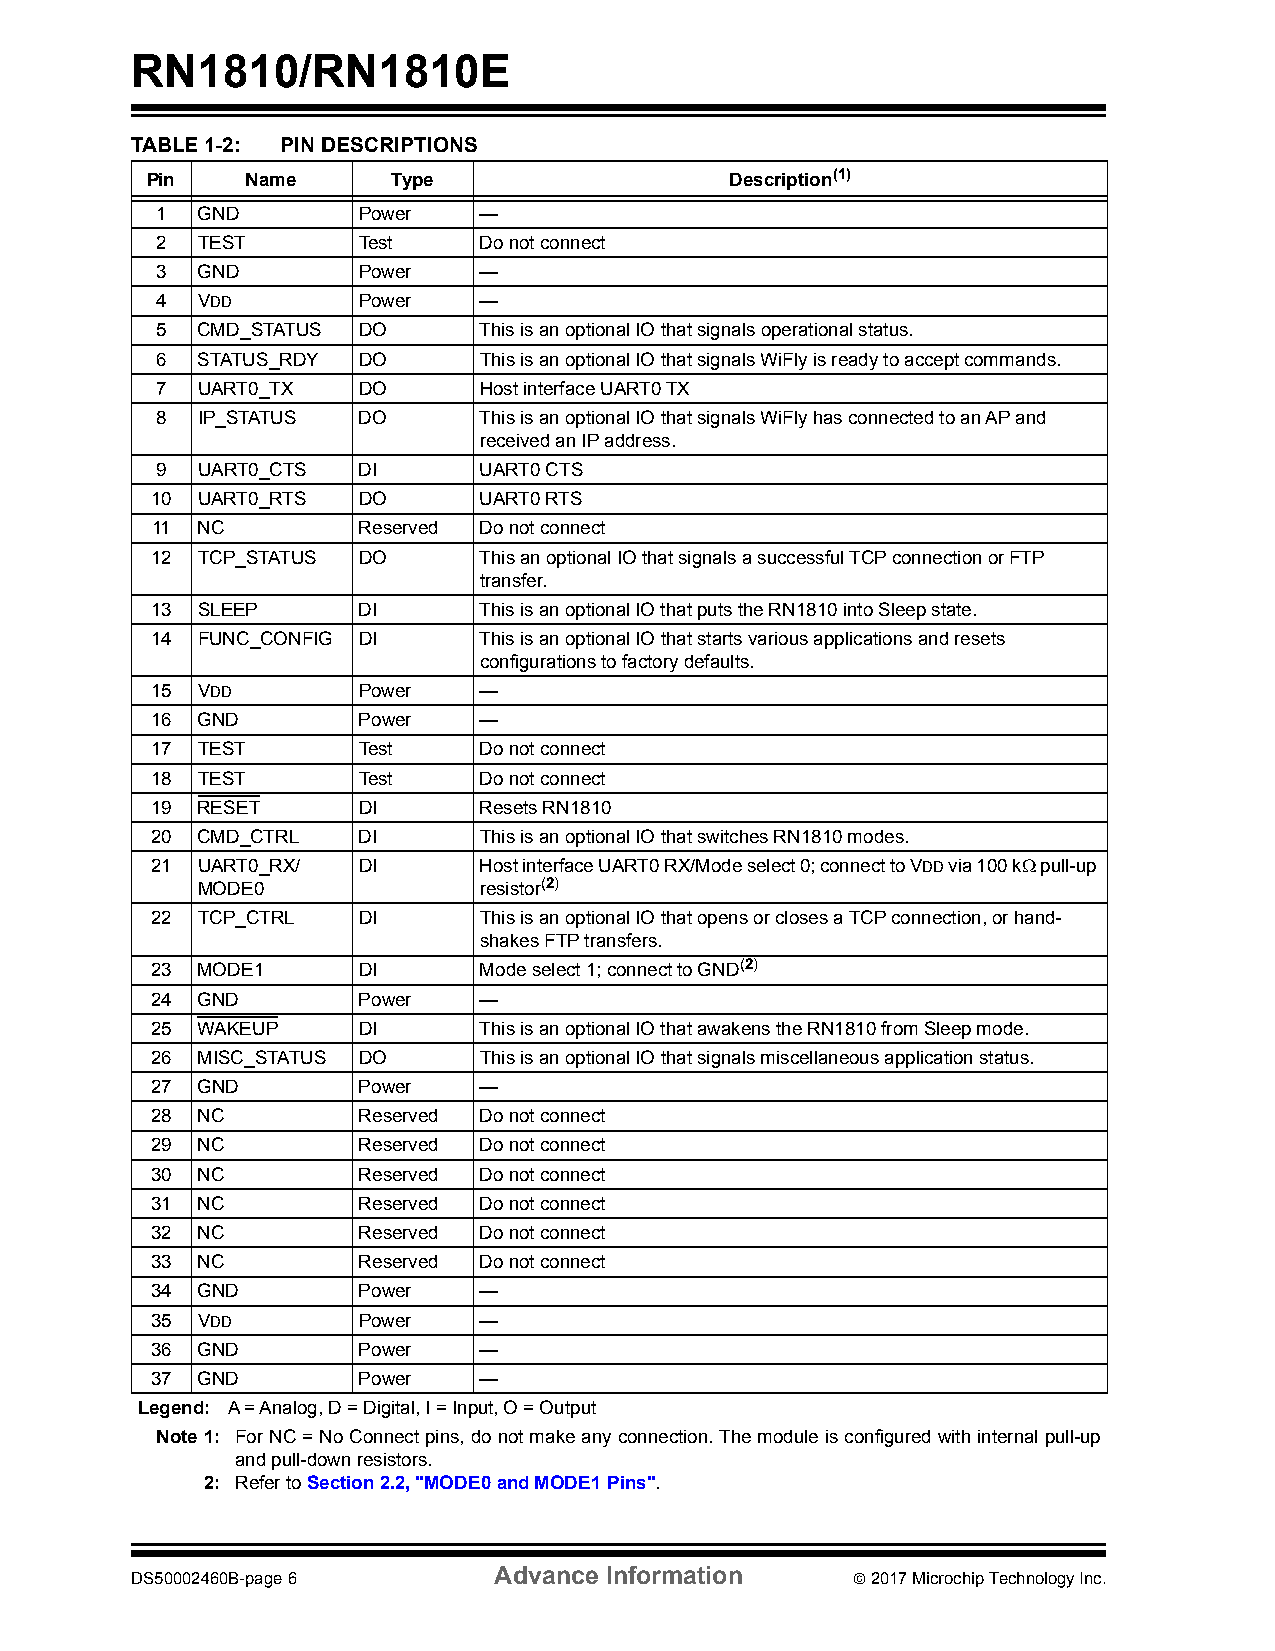
RN1810/RN1810E
 TABLE 1-2: PIN DESCRIPTIONS
 Pin   Name      Type                  Description(1)
 1  GND        Power   —
 2  TEST       Test    Do not connect
 3  GND        Power   —
 4  VDD        Power   —
 5  CMD_STATUS DO      This is an optional IO that signals operational status.
 6  STATUS_RDY DO      This is an optional IO that signals WiFly is ready to accept commands.
 7  UART0_TX   DO      Host interface UART0 TX
 8  IP_STATUS  DO      This is an optional IO that signals WiFly has connected to an AP and
 received an IP address.
 9  UART0_CTS  DI      UART0 CTS
 10 UART0_RTS  DO      UART0 RTS
 11 NC         Reserved Do not connect
 12 TCP_STATUS DO      This an optional IO that signals a successful TCP connection or FTP
 transfer.
 13 SLEEP      DI      This is an optional IO that puts the RN1810 into Sleep state.
 14 FUNC_CONFIG DI     This is an optional IO that starts various applications and resets
 configurations to factory defaults.
 15 VDD        Power   —
 16 GND        Power   —
 17 TEST       Test    Do not connect
 18 TEST       Test    Do not connect
 19 RESET      DI      Resets RN1810
 20 CMD_CTRL   DI      This is an optional IO that switches RN1810 modes.
 21 UART0_RX/  DI      Host interface UART0 RX/Mode select 0; connect to VDD via 100 k pull-up
 MODE0              resistor(2)
 22 TCP_CTRL   DI      This is an optional IO that opens or closes a TCP connection, or hand-
 shakes FTP transfers.
 23 MODE1      DI      Mode select 1; connect to GND(2)
 24 GND        Power   —
 25 WAKEUP     DI      This is an optional IO that awakens the RN1810 from Sleep mode.
 26 MISC_STATUS DO     This is an optional IO that signals miscellaneous application status.
 27 GND        Power   —
 28 NC         Reserved Do not connect
 29 NC         Reserved Do not connect
 30 NC         Reserved Do not connect
 31 NC         Reserved Do not connect
 32 NC         Reserved Do not connect
 33 NC         Reserved Do not connect
 34 GND        Power   —
 35 VDD        Power   —
 36 GND        Power   —
 37 GND        Power   —
 Legend: A = Analog, D = Digital, I = Input, O = Output
 Note1: For NC = No Connect pins, do not make any connection. The module is configured with internal pull-up
 and pull-down resistors.
 2: Refer to Section2.2, "MODE0 and MODE1 Pins".
 Advance Information
 DS50002460B-page 6                              2017 Microchip Technology Inc.